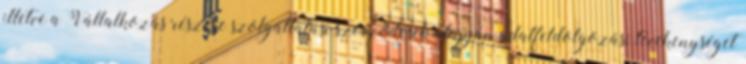
illetve a Vállalkozás részére szolgáltatási szerződések alapján adatfeldolgozási tevékenységet